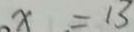
x = 1 3